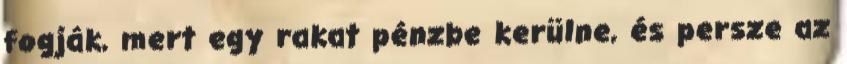
fogják, mert egy rakat pénzbe kerülne, és persze az